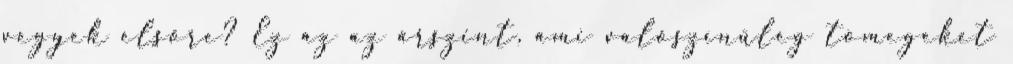
vegyek elsőre? Ez az az árszint, ami valószínűleg tömegeket